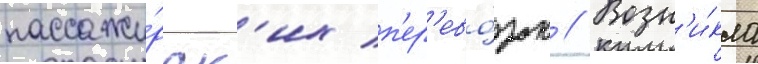
пассажи́рск'их п'ер'ево́зок // Возн'и́кла